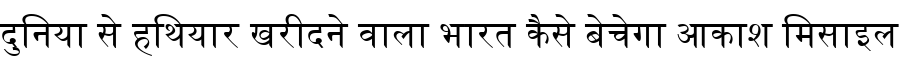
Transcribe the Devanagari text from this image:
दुनिया से हथियार खरीदने वाला भारत कैसे बेचेगा आकाश मिसाइल